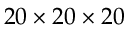
2 0 \times 2 0 \times 2 0